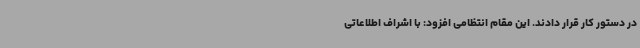
در دستور کار قرار دادند. این مقام انتظامی افزود: با اشراف اطلاعاتی